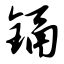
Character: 镉